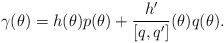
LaTeX: \begin{align*}\gamma(\theta)=h(\theta)p(\theta)+\frac{h'}{[q,q']}(\theta)q(\theta).\end{align*}